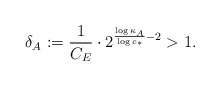
\begin{align*}\delta_{A}:=\frac{1}{C_{E}}\cdot2^{\frac{\log\kappa_{A}}{\log c_{\ast}}-2}>1.\end{align*}